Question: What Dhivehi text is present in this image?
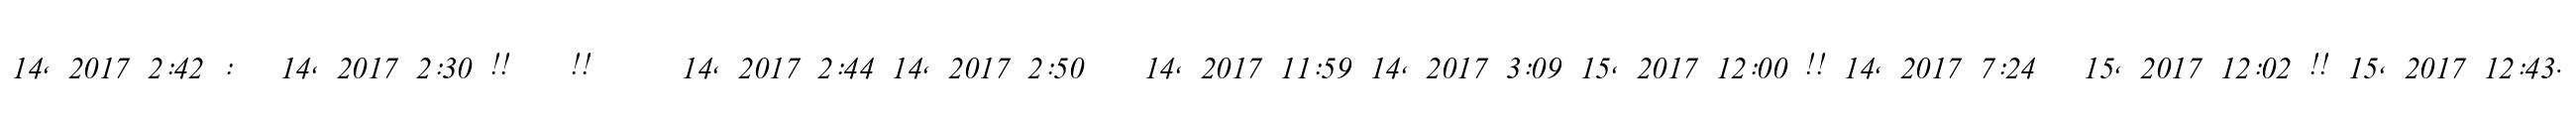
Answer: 14, 2017 2:42 : ? 14, 2017 2:30 !! ?? !!?????? 14, 2017 2:44 14, 2017 2:50 ?? 14, 2017 11:59 14, 2017 3:09 15, 2017 12:00 !! 14, 2017 7:24 ? 15, 2017 12:02 !! 15, 2017 12:43.